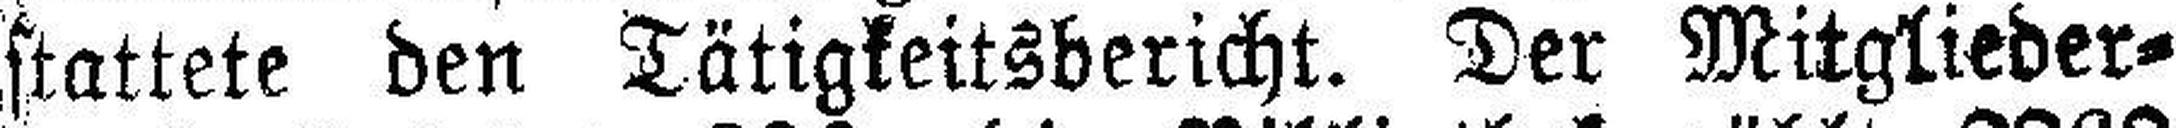
stattete den Tätigkeitsbericht. Der Mitglieder¬